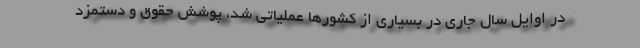
در اوایل سال جاری در بسیاری از کشورها عملیاتی شد، پوشش حقوق و دستمزد